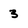
Character: 3